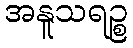
အနူသရဉ္စ